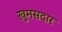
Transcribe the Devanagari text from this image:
खुमसदार